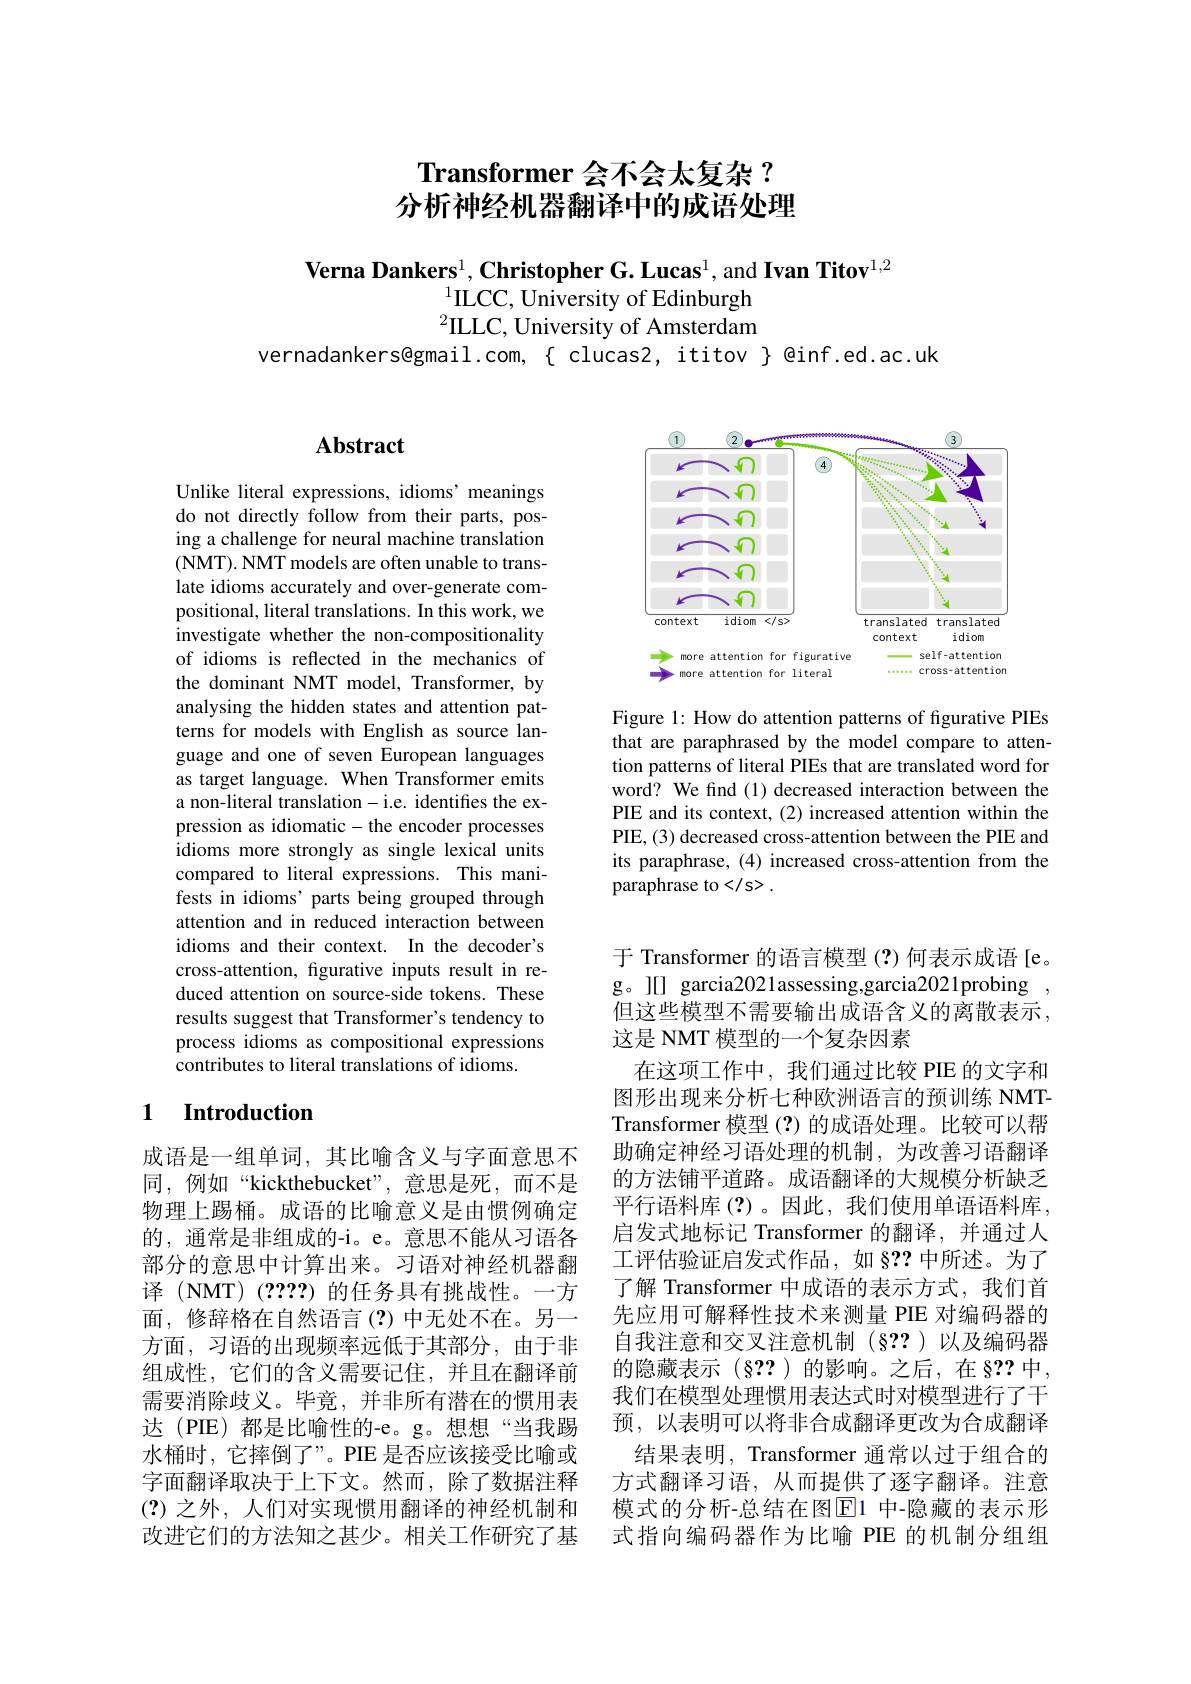
# Transformer 会不会太复杂？ 分析神经机器翻译中的成语处理

$\textbf{Verna Dankers}^1,\textbf{Christopher G.Lucas}^1$, and Ivan Titov$^1,2$
$^{1}$ILCC, University of Edinburgh $^2$ILLC, University of Amsterdam
vernadankers@gmail.com, { clucas2, ititov } @inf.ed.ac.uk

# Abstract

Unlike literal expressions, idioms' meanings do not directly follow from their parts, posing a challenge for neural machine translation (NMT). NMT models are often unable to translate idioms accurately and over-generate compositional, literal translations. In this work, we investigate whether the non-compositionality of idioms is reflected in the mechanics of the dominant NMT model, Transformer, by analysing the hidden states and attention patterns for models with English as source language and one of seven European languages as target language. When Transformer emits a non-literal translation-i.e. identifies the expression as idiomatic- the encoder processes idioms more strongly as single lexical units compared to literal expressions. This manifests in idioms' parts being grouped through attention and in reduced interaction between idioms and their context. In the decoder's cross-attention, fgurative inputs result in reduced attention on source-side tokens. These results suggest that Transformer's tendency to process idioms as compositional expressions contributes to literal translations of idioms.

## 1 Introduction

成语是一组单词，其比喻含义与字面意思不同，例如“kickthebucket”,意思是死，而不是物理上踢桶。成语的比喻意义是由惯例确定的，通常是非组成的-i。e。意思不能从习语各部分的意思中计算出来。习语对神经机器翻译 (NMT)(2???)的任务具有挑战性。一方面，修辞格在自然语言(?)中无处不在。另一方面，习语的出现频率远低于其部分，由于非组成性，它们的含义需要记住，并且在翻译前需要消除歧义。毕竟，并非所有潜在的惯用表达 (PIE)都是比喻性的-e。g。想想“当我踢水桶时，它摔倒了”。PIE 是否应该接受比喻或字面翻译取决于上下文。然而，除了数据注释(?)之外，人们对实现惯用翻译的神经机制和改进它们的方法知之甚少。相关工作研究了基

<FigureHere>

Figure 1: How do attention patterns of figurative PIEs that are paraphrased by the model compare to attention patterns of literal PIEs that are translated word for word? We find (1) decreased interaction between the PIE and its context, (2) increased attention within the PIE,(3) decreased cross-attention between the PIE and its paraphrase, (4) increased cross-attention from the paraphrase to
 .

于 Transformer 的语言模型 (?) 何表示成语 [e。g。l[] garcia2021assessing,garcia2021probing , 但这些模型不需要输出成语含义的离散表示， 这是 NMT 模型的一个复杂因素
在这项工作中，我们通过比较 PIE 的文字和图形出现来分析七种欧洲语言的预训练 NMTTransformer 模型(?)的成语处理。比较可以帮助确定神经习语处理的机制，为改善习语翻译的方法铺平道路。成语翻译的大规模分析缺乏平行语料库(?)。因此，我们使用单语语料库， 启发式地标记 Transformer 的翻译，并通过人工评估验证启发式作品，如 82? 中所述。为了了解 Transformer 中成语的表示方式，我们首先应用可解释性技术来测量 PIE 对编码器的自我注意和交叉注意机制(§??)以及编码器的隐藏表示(§??)的影响。之后，在§??中， 我们在模型处理惯用表达式时对模型进行了干预，以表明可以将非合成翻译更改为合成翻译
结果表明，Transformer 通常以过于组合的方式翻译习语，从而提供了逐字翻译。注意模式的分析-总结在图$\overline{\mathrm{E}}$1 中-隐藏的表示形式指向编码器作为比喻 PIE 的机制分组组